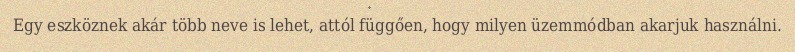
Egy eszköznek akár több neve is lehet, attól függően, hogy milyen üzemmódban akarjuk használni.